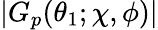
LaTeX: \vert G_{p}(\theta_{1};\chi,\phi)\vert